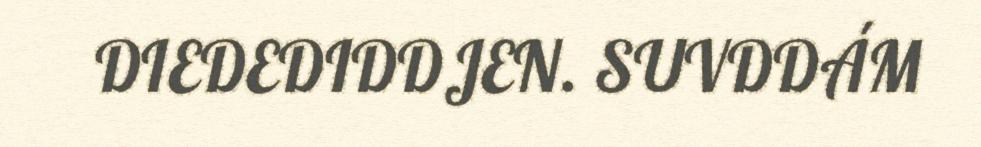
DIEDEDIDDJEN. SUVDDÁM